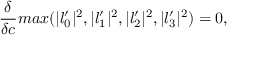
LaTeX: { \frac { \delta } { \delta c } } m a x ( | l _ { 0 } ^ { \prime } | ^ { 2 } , | l _ { 1 } ^ { \prime } | ^ { 2 } , | l _ { 2 } ^ { \prime } | ^ { 2 } , | l _ { 3 } ^ { \prime } | ^ { 2 } ) = 0 ,